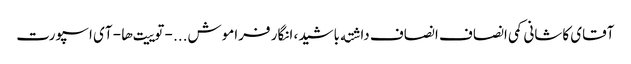
آقای کاشانی کمی انصاف انصاف داشته باشید، انگار فراموش... - توییت‌ها - آی اسپورت